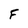
Character: F